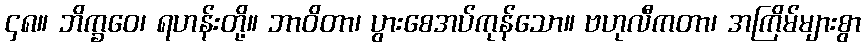
၄၈။ ဘိက္ခဝေ၊ ရဟန်းတို့။ ဘာဝိတာ၊ ပွားစေအပ်ကုန်သော။ ဗဟုလီကတာ၊ အကြိမ်များစွာ